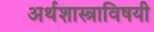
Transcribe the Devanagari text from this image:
अर्थशास्त्राविषयी